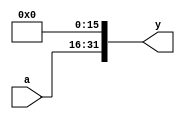
module sl16_32(
    input  [15:0] a,
    output [31:0] y
);

  // shift left by 2
  assign y = {a[15:0], 16'h0000};
endmodule